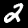
Label: 2